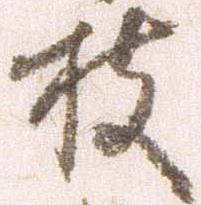
枝